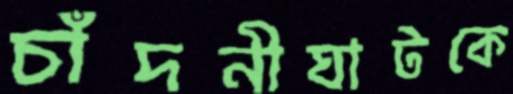
চাঁদনীঘাটকে